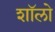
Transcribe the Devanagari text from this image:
शॉलो